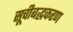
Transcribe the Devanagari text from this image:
सूचीबद्धकरण